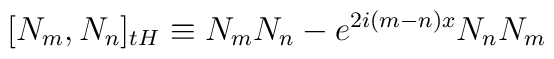
\lbrack N_{m},N_{n}]_{tH}\equiv N_{m}N_{n}-e^{2i(m-n)x}N_{n}N_{m}